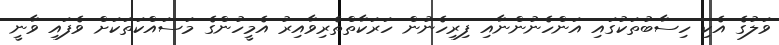
ވަލުގެ އެކި ހިސާބުތަކުގައި އަންހެނުންނާއި ފިރިހެނުން ހަރަކާތްތެރިވާއިރު އެމީހުންގެ މަސައްކަތަކަށް ވެފައި ވާނީ